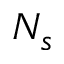
N _ { s }